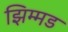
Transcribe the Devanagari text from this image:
झिम्मड